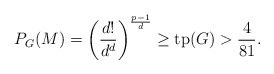
\begin{align*}P_G(M) = \left(\frac{d!}{d^d}\right)^{\frac{p-1}{d}} \geq \mathrm{tp}(G) > \frac{4}{81}.\end{align*}